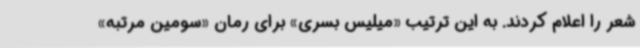
شعر را اعلام کردند. به این ترتیب «میلیس بسری» برای رمان «سومین مرتبه»